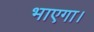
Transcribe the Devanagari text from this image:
भाएगा।